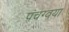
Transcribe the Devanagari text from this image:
पंचग्वया